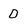
Character: D